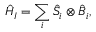
{ \hat { H } } _ { I } = \sum _ { i } { \hat { S } } _ { i } \otimes { \hat { B } } _ { i } ,